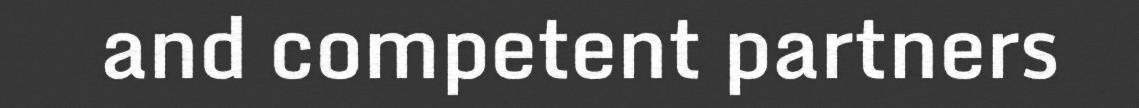
and competent partners